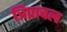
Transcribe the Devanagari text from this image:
त्रिप्राचल